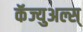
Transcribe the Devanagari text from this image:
कॅज्युअल्स्